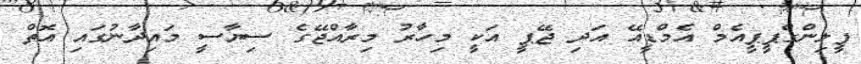
ފީލިންގްޕީޕީއެމް އެމްޑީއޭ އަދި ޖޭޕީ އަކީ މިހާރު މިރާއްޖޭގެ ސިޔާސީ މައިދާނުގައި އޮތް